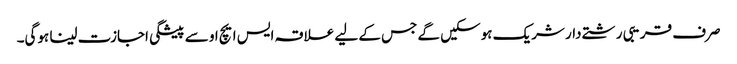
صرف قریبی رشتے دار شریک ہوسکیں گے جس کے لیے علاقہ ایس ایچ او سے پیشگی اجازت لینا ہوگی۔